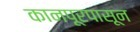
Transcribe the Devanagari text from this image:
कानपूरपासून